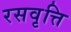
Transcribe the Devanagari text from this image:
रसवृत्ति